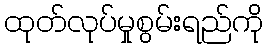
ထုတ်လုပ်မှုစွမ်းရည်ကို